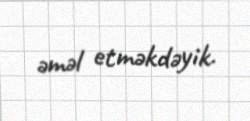
əməl etməkdəyik.